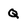
Character: Q